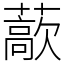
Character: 藃